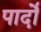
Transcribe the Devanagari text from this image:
पार्दो